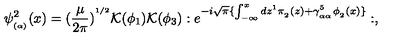
\psi _ { _ { ( \alpha ) } } ^ { 2 } ( x ) = ( \frac { \mu } { 2 \pi } ) ^ { ^ { 1 / 2 } } { \cal K } ( \phi _ { 1 } ) { \cal K } ( \phi _ { 3 } ) : e ^ { - i \sqrt { \pi } \{ \int _ { - \infty } ^ { x } d z ^ { 1 } \pi _ { _ 2 } ( z ) + \gamma _ { _ { \alpha \alpha } } ^ { 5 } \phi _ { _ 2 } ( x ) \} } : ,